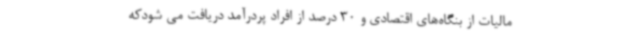
مالیات از بنگاه‌های اقتصادی و 30 درصد از افراد پردرآمد دریافت می شودکه